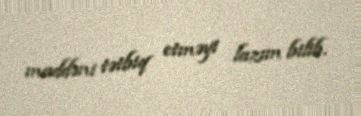
maddəni tətbiq etməyi lazım bilib.